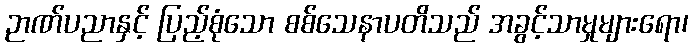
ဉာဏ်ပညာနှင့် ပြည့်စုံသော စစ်သေနာပတိသည် အခွင့်သာမှုများရော၊